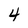
Character: 4